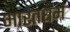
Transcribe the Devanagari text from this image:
भारतधर्म